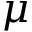
\mu